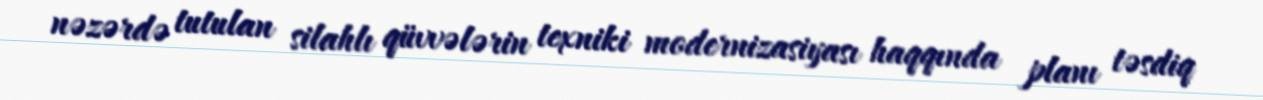
nəzərdə tutulan silahlı qüvvələrin texniki modernizasiyası haqqında planı təsdiq